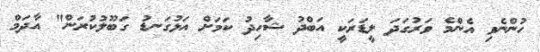
ހުންނެވި އެންމެ ވަރުގަދަ ލީޑަރަކީ އަބްދު ޝާހިދު ކަމަށް އަޅުގަނޑު ގަބޫލުކުރަން" އާދަމް